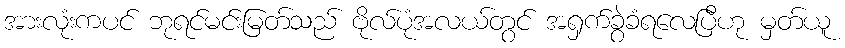
အားလုံးကပင် ဘုရင်မင်းမြတ်သည် ဗိုလ်ပုံအလယ်တွင် အရှက်ခွဲခံရလေပြီဟု မှတ်ယူ